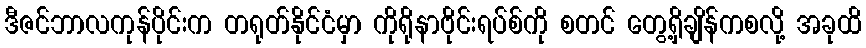
ဒီဇင်ဘာလကုန်ပိုင်းက တရုတ်နိုင်ငံမှာ ကိုရိုနာဗိုင်းရပ်စ်ကို စတင် တွေ့ရှိချိန်ကစလို့ အခုထိ